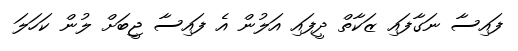
ފައިސާ ނަގާފައި ޒަކާތް ދީފައި އަލުން އެ ފައިސާ ޖީބަށް ލުން ކަހަލަ